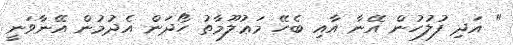
" އަދި ފުލުހުން އޭނާ އާއި ބެހޭ މަޢުލޫމާތު ހޯދަން އެދުމުން އޭނާވަނީ